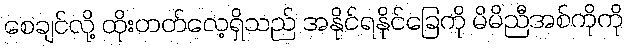
စေချင်လို့ ထိုးတတ်လေ့ရှိသည် အနိုင်ရနိုင်ခြေကို မိမိညီအစ်ကိုကို